画像に写った文字を読んでください
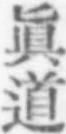
「眞道」と書いてあります